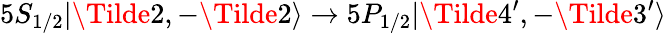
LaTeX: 5S_{1/2}|\Tilde{2},-\Tilde{2}\rangle\rightarrow 5P_{1/2}|\Tilde{4}^{\prime},-\Tilde{3}^{\prime}\rangle